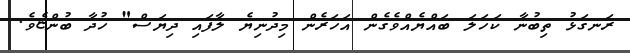
ރަނގަޅު ތިބުނާ ކަހަލަ ބައްޔެއްވެގެން އަހަރެން މިދުނިޔެ ލާފައި ދިޔަސް" ހުދާ ބުންޏެވެ.